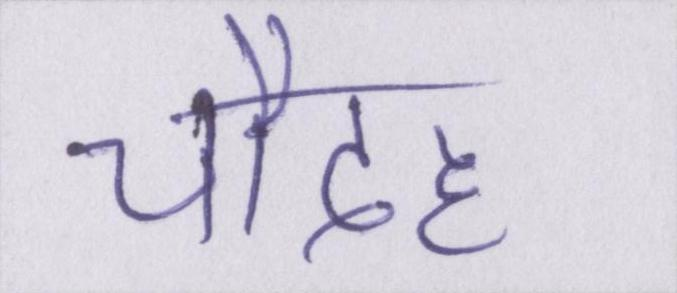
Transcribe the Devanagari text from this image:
चौदह